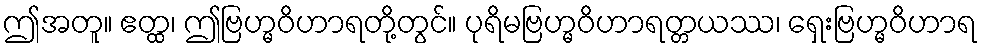
ဤအတူ။ ဧတ္ထ၊ ဤဗြဟ္မဝိဟာရတို့တွင်။ ပုရိမဗြဟ္မဝိဟာရတ္တယဿ၊ ရှေးဗြဟ္မဝိဟာရ